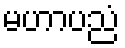
မဟာပညံ